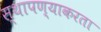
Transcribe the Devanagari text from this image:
स्थापण्याकरता